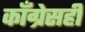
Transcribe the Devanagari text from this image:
काँग्रेसही